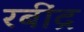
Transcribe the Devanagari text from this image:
रबींद्र